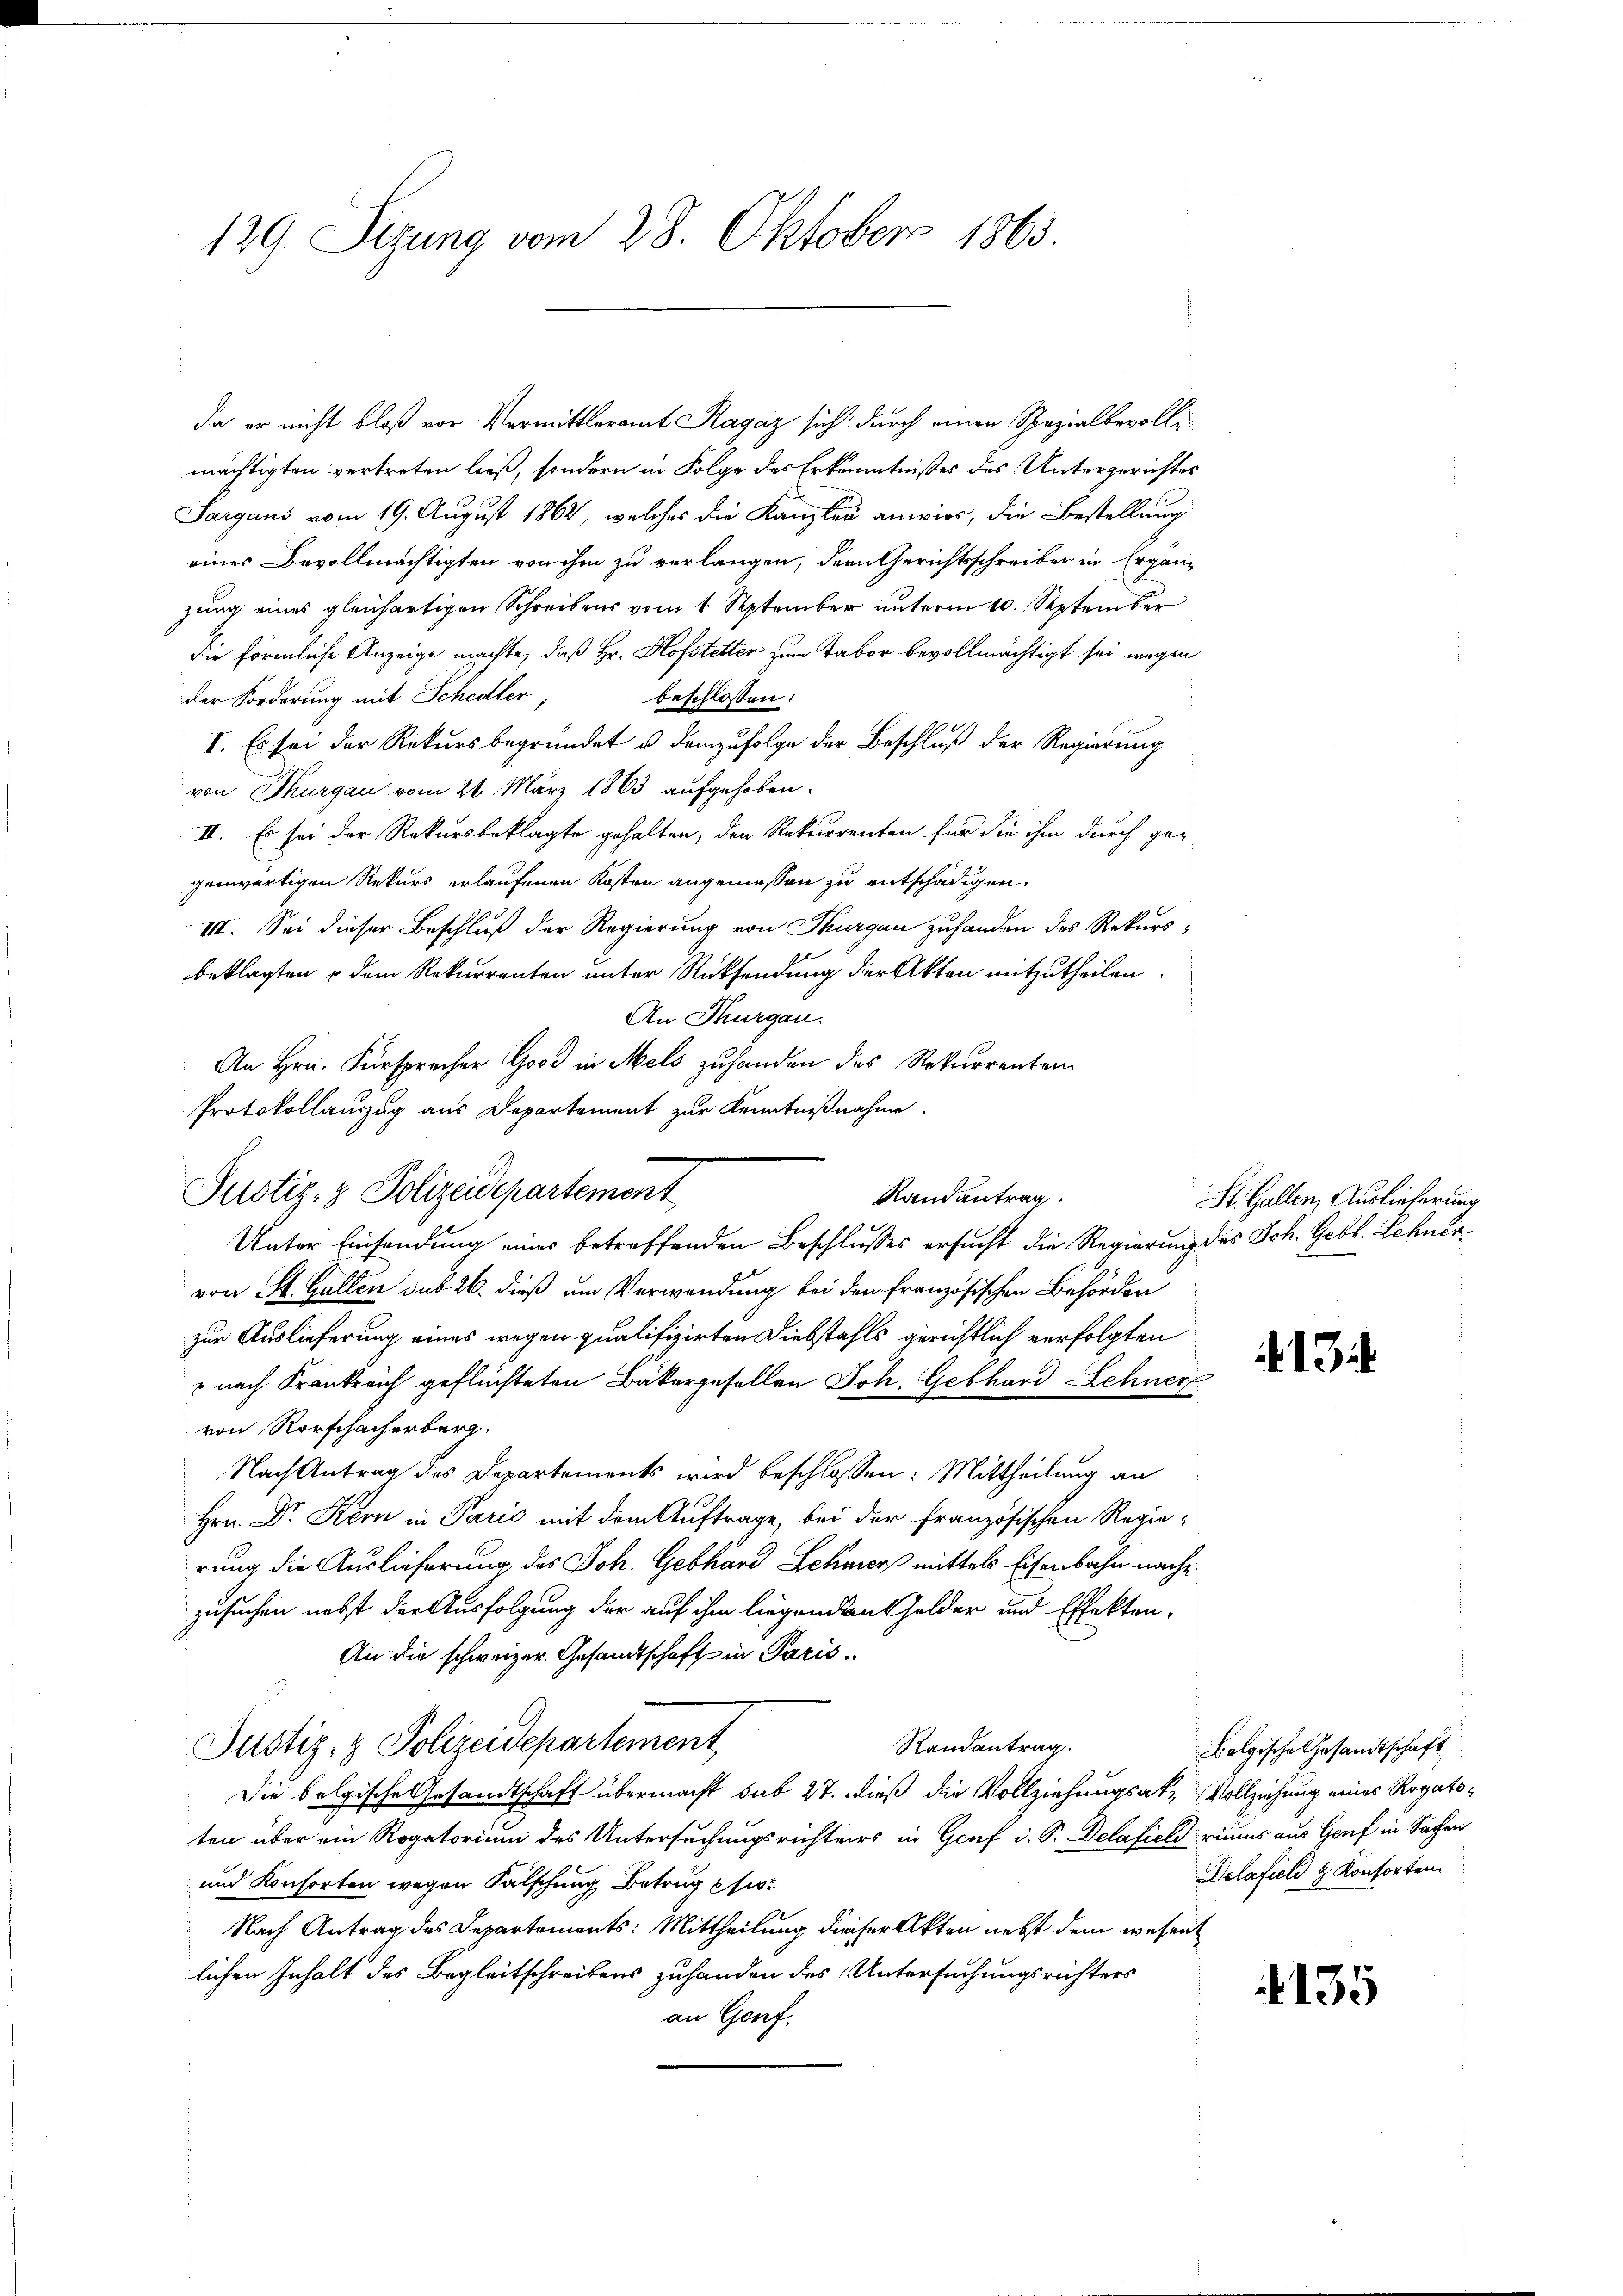
129. Sizung vom 28. Oktober 1863.

da er nicht bloß vor. Vermittleramt Ragaz sich durch einen Spezialbevollemächtigten vertreten ließ, sondern in Folge des Erkenntnißes des Untergerichtes
Sargaus vom 19. August 1862, welches die Kanzlei anwies, die Bestellung
eines Bevollmächtigten von ihm zu verlangen, der Gerichtsschreiber in Ergänzung eines gleichartigen Schreibens vom 1. September unterm 10. September
die förmliche Anzeige machte, daß Hr. Hofstetter zum Tabor bevollmächtigt sei wegen
der Forderung mit Schedler,
beschlossen:
I. Es sei der Rekurs begründet u demzufolge der Beschluß der Regierung
von Thurgau vom 21. März 1863 aufgehoben.
II. Es sei der Rekursbeklagte gehalten, den Rekurrenten für die ihm durch ge-
genwärtigen Rekurs erlaufenen Kosten angemessen zu entschädigen.
III. Sei dieser Beschluß der Regierung von Thurgau zuhanden des Rekurs-
beklagten u dem Rekurrenten unter Rücksendung der Akten mitzutheilen.
An Thurgau.
An Hrn. Fürsprecher Good in Mels zuhanden des Rekurrenten
Protokollauszug aus Departement zur Kenntnißnahme.

Justiz- & Polizeidepartement
Randantrag
Unter Einsendung eines betreffenden Beschlusses ersucht die Regierung des Joh. Gebl. Schner¬

von St. Gallen sub 26. dieß um Verwendung bei dem französischen Behörden
zur Auslieferung eines wegen qualifizirten Diebstahls gerichtlich verfolgten
 nach Krankreich geflüchteten Bäkergesellen Joh. Gebhard Lehner
von Rorschacherberg.
Nach Antrag des Departements wird beschlossen: Mittheilung an
Hrn. Dr. Kern in Parić mit dem Auftrage, bei der französischen Regierung die Auslieferung des Joh. Gebhard Schwurf mittels Eisenbahn nachzusuchen nebst der Ausfolgung der auf ihm liegenden Gelder und Effekten¬
An die schweizer. Gesandtschaft in Paris
Justiz- & Polizeidepartement
Randantrag.
Die belgische Gesandtschaft übermacht sub 27. dieß die Vollziehungsakte Vollziehung eines Rogatsten über ein Rogatorium des Untersuchungsrichters in Genf d. S. Delafieldriums aus Genf in Sachen
und Konsorten wegen Fälschung Betrug ei¬
Nach Antrag des Departements: Mittheilung dieser Akten nebst dem wesen
lichen Inhalt des Begleitschreibens zuhanden des Untersuchungsrichters
an Genf.

St. Gallen, Auslieferung

1

Bolgische Gesandtschaft
Delafieli & Konsorten.

135